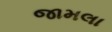
જામલા